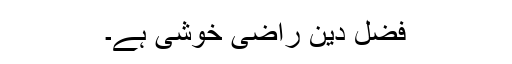
فضل دین راضی خوشی ہے۔